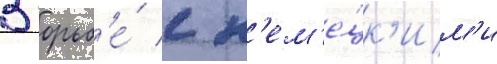
В борьб'е́ с н'ем'е́цк'им'и